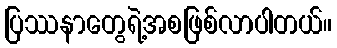
ပြဿနာတွေရဲ့အစဖြစ်လာပါတယ်။